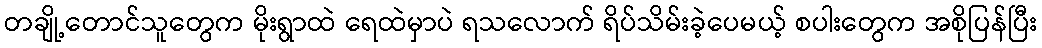
တချို့တောင်သူတွေက မိုးရွာထဲ ရေထဲမှာပဲ ရသလောက် ရိပ်သိမ်းခဲ့ပေမယ့် စပါးတွေက အစိုပြန်ပြီး